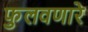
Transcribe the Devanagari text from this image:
फुलवणारे